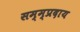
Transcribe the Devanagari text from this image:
सम्म्प्रदाय